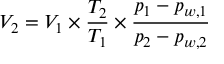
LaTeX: V _ { 2 } = V _ { 1 } \times { \frac { T _ { 2 } } { T _ { 1 } } } \times { \frac { p _ { 1 } - p _ { w , 1 } } { p _ { 2 } - p _ { w , 2 } } }